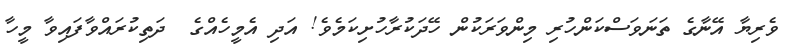
ވެރިޔާ އޭނާގެ ތަނަވަސްކަންހުރި މިންވަރަކުން ހޭދަކުރާހުށިކަމެވެ! އަދި އެމީހެއްގެ  ދަތިކުރައްވާފައިވާ މީހާ